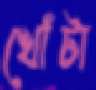
খোঁটা